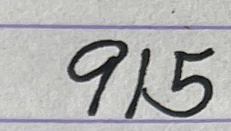
915